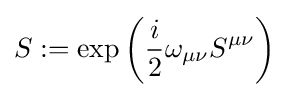
S:=\exp \left({\frac {i}{2}}\omega _{\mu \nu }S^{\mu \nu }\right)